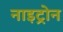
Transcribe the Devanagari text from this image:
नाइट्रोन